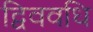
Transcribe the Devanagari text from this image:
द्विववधि